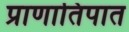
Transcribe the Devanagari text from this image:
प्राणातिपात